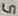
Text: 5